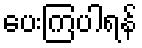
ပေးကြပါရန်